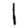
Digit: 1